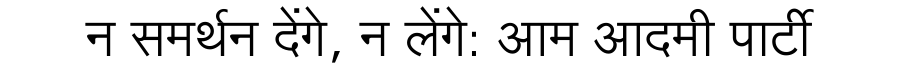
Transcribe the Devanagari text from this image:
न समर्थन देंगे, न लेंगे: आम आदमी पार्टी